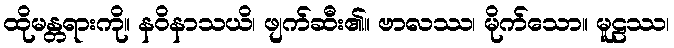
ထိုမန္တရားကို။ နဝိနာသယိ၊ ဖျက်ဆီး၏။ ဗာလဿ၊ မိုက်သော။ မူဠဿ၊